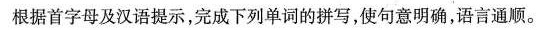
根据首字母及汉语提示，完成下列单词的拼写，使句意明确，语言通顺。